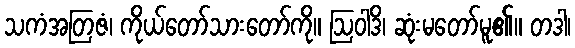
သကံအတြဇံ၊ ကိုယ်တော်သားတော်ကို။ ဩဝါဒိ၊ ဆုံးမတော်မူ၏။ တဒါ၊